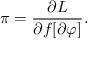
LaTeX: \pi = \frac { \partial { \cal L } } { \partial f [ \partial \varphi ] } .